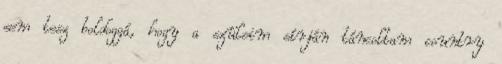
sem tesz boldoggá, hogy a szüleim sírján táncoltam country